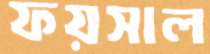
ফয়সাল